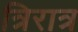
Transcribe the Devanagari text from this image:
त्रिरात्र